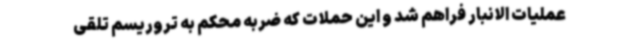
عملیات الانبار فراهم شد و این حملات که ضربه محکم به تروریسم تلقی